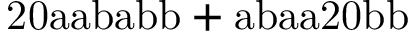
\mathrm { 2 0 a a b a b b + a b a a 2 0 b b }